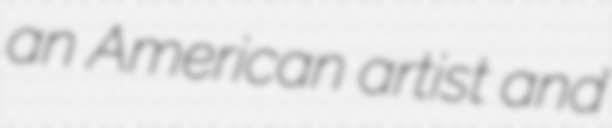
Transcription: an American artist and